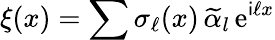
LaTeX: \xi(x)=\sum\sigma_{\ell}(x)\, \widetilde\alpha_{l}\, \mathrm{e}^{\mathsf{i}\ell x}